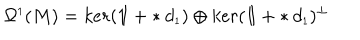
LaTeX: \Omega ^ { \scriptscriptstyle 1 } ( M ) = k e r ( \mathrm { 1 \ m k e r n - 5 m u I \! } + \ast d _ { \scriptscriptstyle 1 } ) \oplus k e r ( \mathrm { 1 \ m k e r n - 5 m u I \! } + \ast d _ { \scriptscriptstyle 1 } ) ^ { \perp }